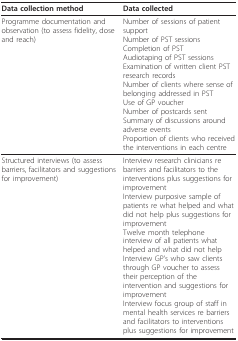
| Data collection method | Data collected |
 | --- | --- |
 | Programme documentation and observation (to assess fidelity, dose and reach) | Number of sessions of patient supportNumber of PST sessionsCompletion of PSTAudiotaping of PST sessionsExamination of written client PST research recordsNumber of clients where sense of belonging addressed in PSTUse of GP voucherNumber of postcards sentSummary of discussions around adverse eventsProportion of clients who received the interventions in each centre |
 | Structured interviews (to assess barriers, facilitators and suggestions for improvement) | Interview research clinicians re barriers and facilitators to the interventions plus suggestions for improvementInterview purposive sample of patients re what helped and what did not help plus suggestions for improvementTwelve month telephone interview of all patients what helped and what did not helpInterview GP's who saw clients through GP voucher to assess their perception of the intervention and suggestions for improvementInterview focus group of staff in mental health services re barriers and facilitators to interventions plus suggestions for improvement |